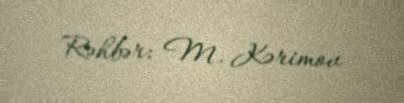
Rəhbər: M. Kərimov